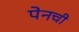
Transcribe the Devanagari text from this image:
पेनची